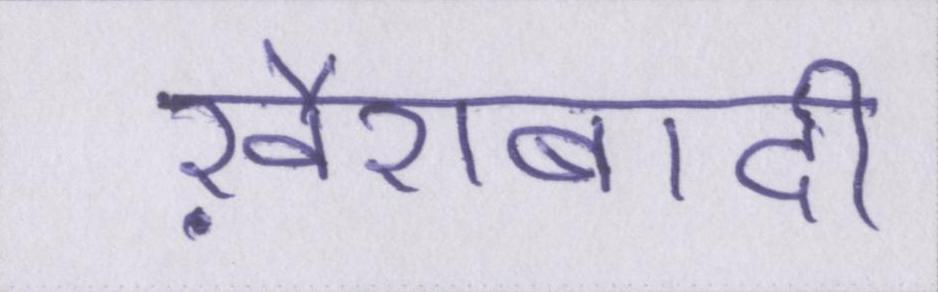
ख़ैराबादी